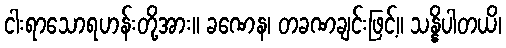
ငါးရာသောရဟန်းတို့အား။ ခဏေန၊ တခဏချင်းဖြင့်။ သန္နိပါတယိ၊